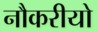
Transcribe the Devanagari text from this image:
नौकरीयो